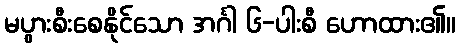
မပွားစီးစေနိုင်သော အင်္ဂါ ၆-ပါးစီ ဟောထား၏။